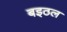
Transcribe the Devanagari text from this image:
बइठल